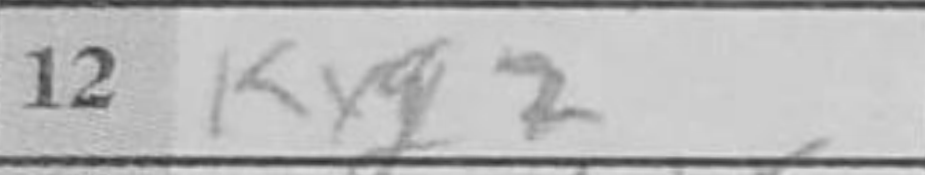
Transcription: Kxg2